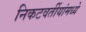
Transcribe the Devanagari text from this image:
निकटवर्तीयांमध्ये